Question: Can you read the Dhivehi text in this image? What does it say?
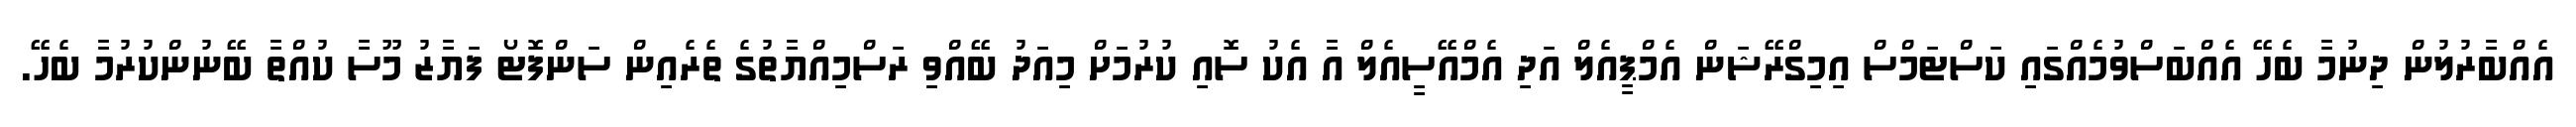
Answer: އެއްބާރުލުން ދިނުމާ ބެހޭ އެއްބަސްވުމެއްގައި ކަސްޓަމްސް އިމިގްރޭޝަން އެމްޕީއެލް އަދި އެމްއޭސީއެލް އާ އެކު ސޮއި ކުރުމަށް މިއަދު ބޭއްވި ރަސްމިއްޔާތުގެ ތެރެއިން ސަންފޮޓޯ ފަޔާޒު މޫސާ ކުއްތާ ބޭނުންކުރުމާ ބެހޭ.